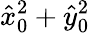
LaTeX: \hat{x}_{0}^{2}+\hat{y}_{0}^{2}